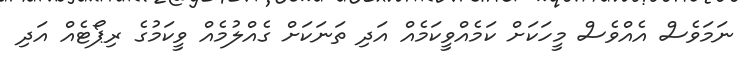
ނަމަވެސް އެއްވެސް މީހަކަށް ކަމެއްވީކަމެއް އަދި ތަނަކަށް ގެއްލުމެއް ވީކަމުގެ ރިޕޯޓެއް އަދި